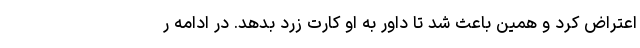
اعتراض کرد و همین باعث شد تا داور به او کارت زرد بدهد. در ادامه ر